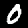
Digit: 0